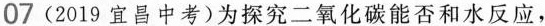
07(2019宜昌中考)为探究二氧化碳能否和水反应